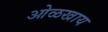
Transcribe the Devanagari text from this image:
ओळखाय